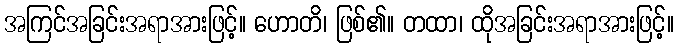
အကြင်အခြင်းအရာအားဖြင့်။ ဟောတိ၊ ဖြစ်၏။ တထာ၊ ထိုအခြင်းအရာအားဖြင့်။